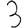
Digit: 3